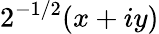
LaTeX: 2^{-1/2}(x+iy)